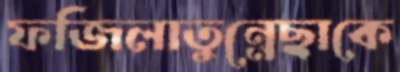
ফজিলাতুন্নেছাকে